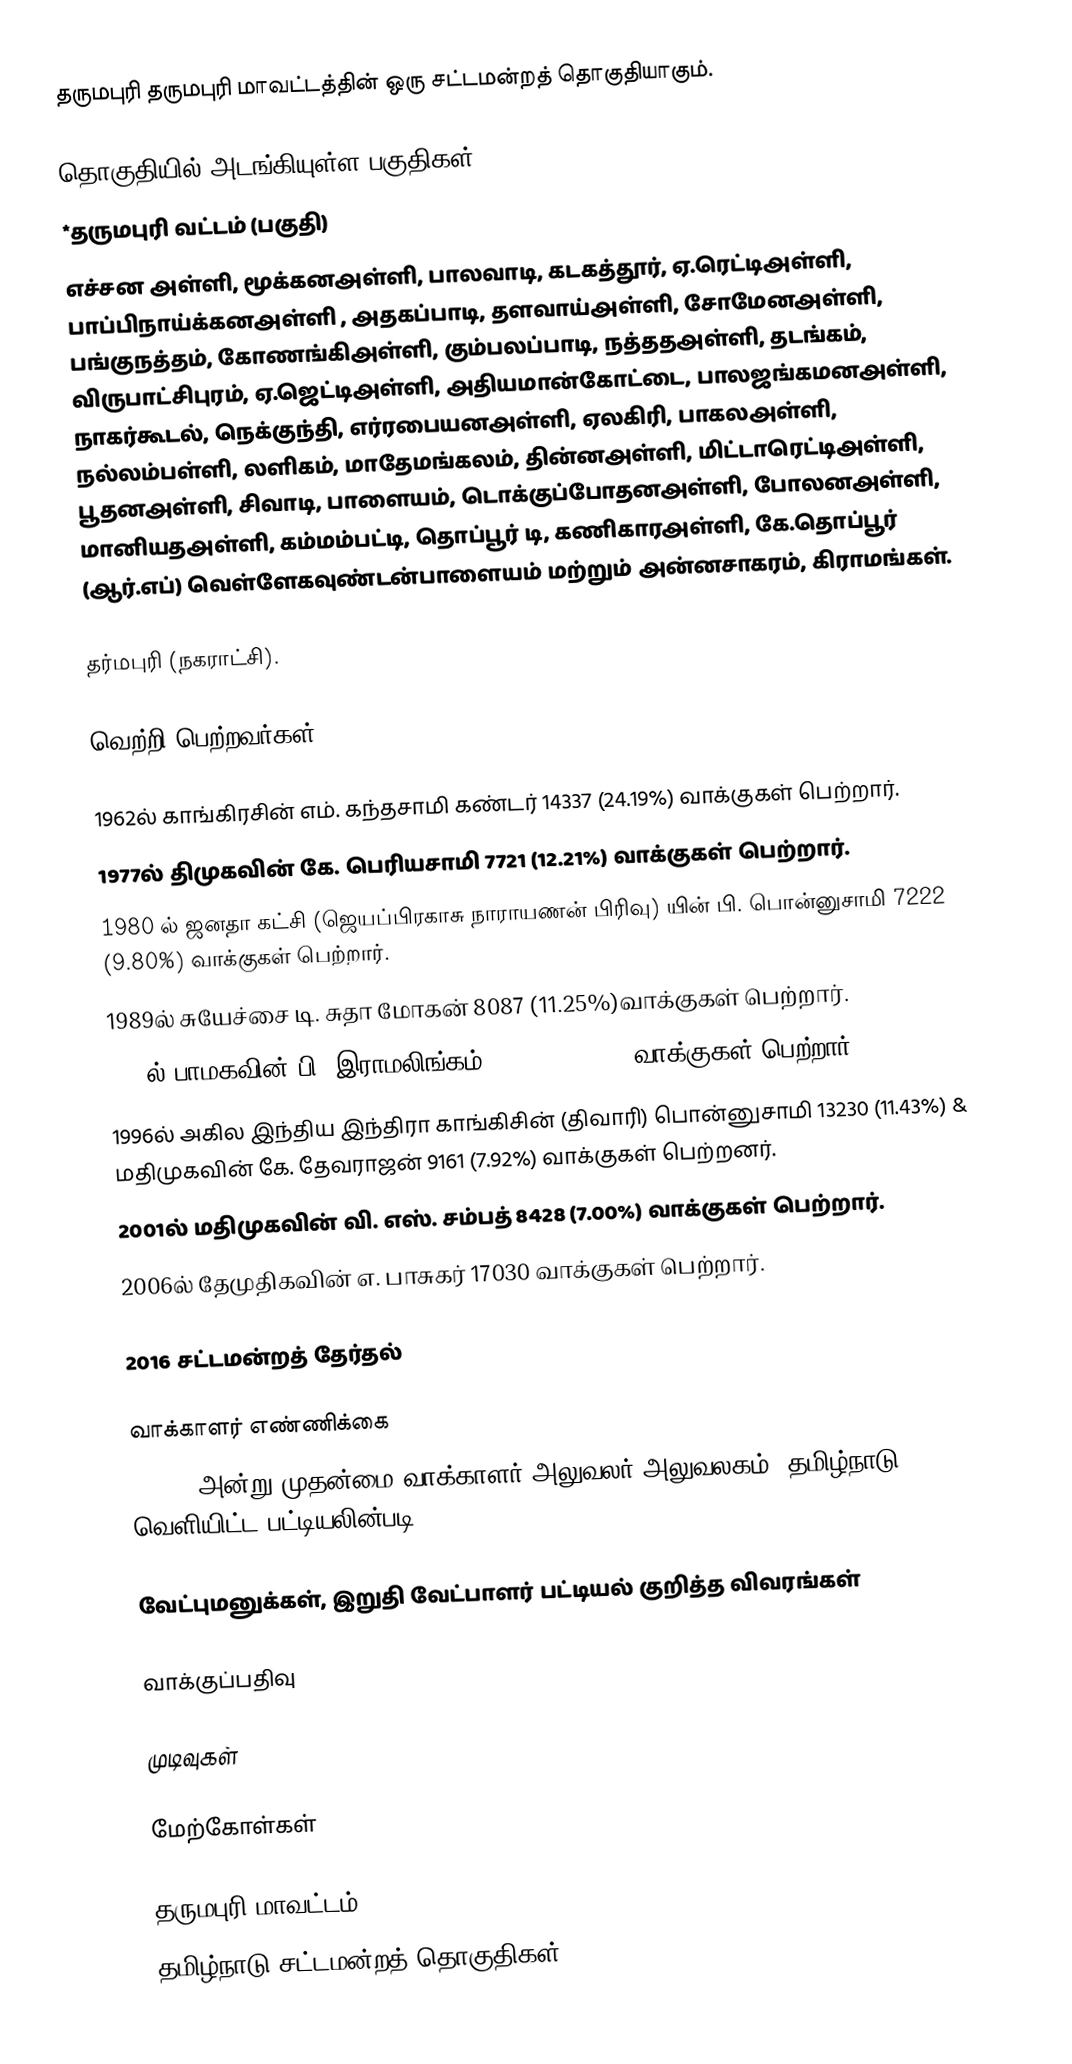
தருமபுரி தருமபுரி மாவட்டத்தின்  ஒரு சட்டமன்றத் தொகுதியாகும்.

தொகுதியில் அடங்கியுள்ள பகுதிகள்
*தருமபுரி வட்டம் (பகுதி)
எச்சன அள்ளி, மூக்கனஅள்ளி, பாலவாடி, கடகத்தூர், ஏ.ரெட்டிஅள்ளி, பாப்பிநாய்க்கனஅள்ளி , அதகப்பாடி, தளவாய்அள்ளி, சோமேனஅள்ளி, பங்குநத்தம், கோணங்கிஅள்ளி, கும்பலப்பாடி, நத்ததஅள்ளி, தடங்கம், விருபாட்சிபுரம், ஏ.ஜெட்டிஅள்ளி, அதியமான்கோட்டை, பாலஜங்கமனஅள்ளி, நாகர்கூடல், நெக்குந்தி, எர்ரபையனஅள்ளி,  ஏலகிரி, பாகலஅள்ளி, நல்லம்பள்ளி, லளிகம், மாதேமங்கலம், தின்னஅள்ளி, மிட்டாரெட்டிஅள்ளி, பூதனஅள்ளி, சிவாடி, பாளையம், டொக்குப்போதனஅள்ளி, போலனஅள்ளி, மானியதஅள்ளி, கம்மம்பட்டி, தொப்பூர் டி, கணிகாரஅள்ளி, கே.தொப்பூர் (ஆர்.எப்) வெள்ளேகவுண்டன்பாளையம் மற்றும் அன்னசாகரம், கிராமங்கள்.

தர்மபுரி (நகராட்சி).

வெற்றி பெற்றவர்கள்

1962ல் காங்கிரசின் எம். கந்தசாமி கண்டர் 14337 (24.19%) வாக்குகள் பெற்றார்.
1977ல் திமுகவின் கே. பெரியசாமி 7721 (12.21%) வாக்குகள் பெற்றார்.
 1980 ல் ஜனதா கட்சி (ஜெயப்பிரகாசு நாராயணன் பிரிவு) யின் பி. பொன்னுசாமி 7222 (9.80%) வாக்குகள் பெற்றார்.
1989ல் சுயேச்சை டி. சுதா மோகன் 8087 (11.25%)வாக்குகள் பெற்றார்.
1991ல் பாமகவின் பி. இராமலிங்கம் 22810 (21.62%) வாக்குகள் பெற்றார்.
1996ல் அகில இந்திய இந்திரா காங்கிசின் (திவாரி) பொன்னுசாமி 13230 (11.43%) & மதிமுகவின் கே. தேவராஜன் 9161 (7.92%) வாக்குகள் பெற்றனர்.
2001ல் மதிமுகவின் வி. எஸ். சம்பத் 8428 (7.00%) வாக்குகள் பெற்றார்.
2006ல் தேமுதிகவின் எ. பாசுகர் 17030 வாக்குகள் பெற்றார்.

2016 சட்டமன்றத் தேர்தல்

வாக்காளர் எண்ணிக்கை
, 2016 அன்று முதன்மை வாக்காளர் அலுவலர் அலுவலகம், தமிழ்நாடு வெளியிட்ட பட்டியலின்படி,

வேட்புமனுக்கள், இறுதி வேட்பாளர் பட்டியல் குறித்த விவரங்கள்

வாக்குப்பதிவு

முடிவுகள்

மேற்கோள்கள்

தருமபுரி மாவட்டம்
தமிழ்நாடு சட்டமன்றத் தொகுதிகள்